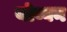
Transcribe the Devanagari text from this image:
योव्वन